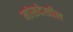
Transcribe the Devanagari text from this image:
मांसदेखील